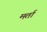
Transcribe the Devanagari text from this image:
मर्ता